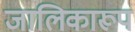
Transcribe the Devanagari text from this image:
जालिकारूप